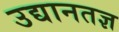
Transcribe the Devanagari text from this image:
उद्यानतज्ञ